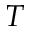
T